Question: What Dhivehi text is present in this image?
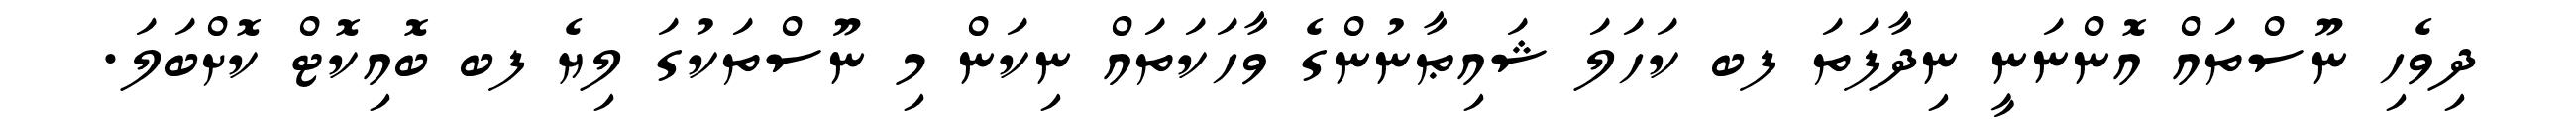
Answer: ދިވެހި ނޫސްތައް އޮންނަނީ ނިދާފަތަ ފބ ކަހަލަ ޝައިޠާނުންގެ ވާހަކަތައް ނިކަން މި ނޫސްތަކުގަ ލިޔެ ފބ ބޮއިކޮޓް ކޮށްބަލަ.